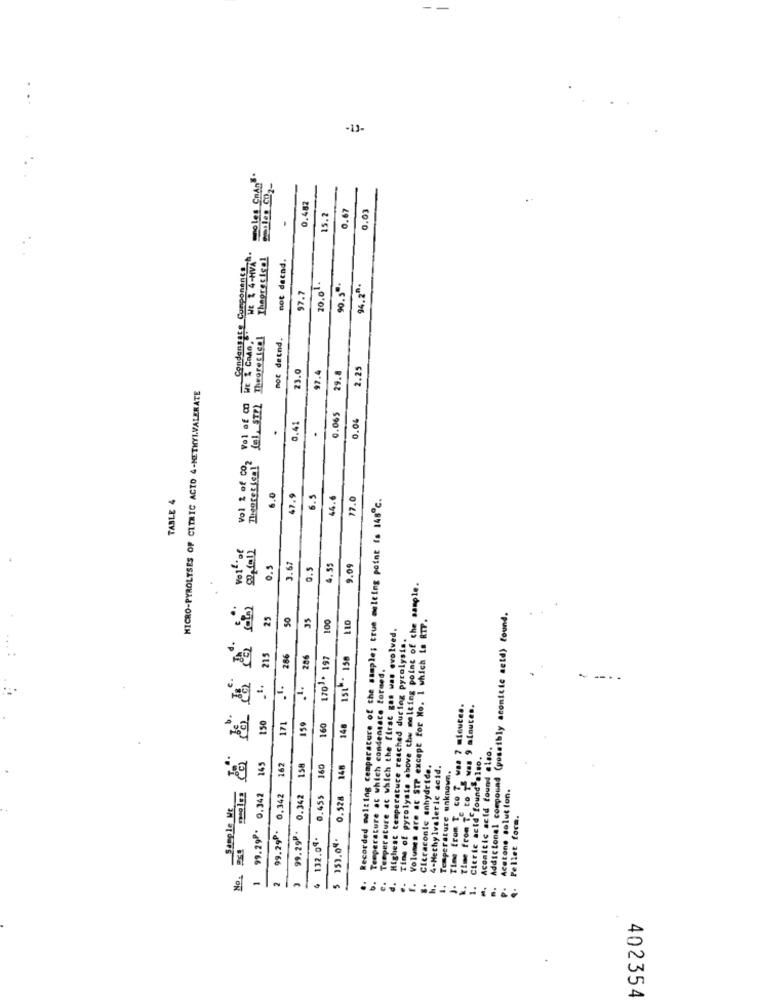
-13-
0.482
0.67
15.2
0.03
WE & 4-HVA".
Thegrecigol
not decad.
Condensate Components
97.7
20.01.
90.5".
94.2ª.
Theoretical
mot detnd.
23.0
2.25
97.4
29.8
MICRO-PYROLYSES OF CITRIC ACTO 4-METHYLVALERATE
fel. STr)
0.065
0.41
Vol 2 of co2
Theoret (ca]"
6.0
47.9
6.5
4.6
77.0
Recorded melting cemperature of the sample; true melting point is 148℃.
TABLE
voit of
0.3
3.67
0.5
4.55
9.99
Time of pyrolysis above the melting point of che sample.
25
50
35
100
110
Volumes are at STP except for No. 1 which is RTP.
Addictonal compound (possibly scomitte acid) found.
Temperature at which the first gas was evolved.
Highest temperature reached during pyrolysis.
215
286
286
1701 . 197
151 - 150
Temperature at which condensate formed.
--..
Time from T co ? was 7 minutes.
Time from TE co TE was 9 minutes.
150
171
159
160
148
Aconitic acid found also.
Citric acid found also.
145
162
158
160
0.528 146
Citraconie anhydride.
4-Methylvaleric acid.
Temperature unknown.
Acetone solut ton.
Sample Me
1 99.29 . 0.342
99.29P. 0,342
0.342
4 132.09. 0.455
Pellet form.
No.
3 99.29P.
153.04.
2
d.
..
1.
..
402354